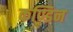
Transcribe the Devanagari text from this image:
कण्डिन